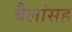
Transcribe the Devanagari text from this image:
बैलांसह